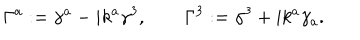
\Gamma ^ { a } : = \gamma ^ { a } - i k ^ { a } \gamma ^ { 3 } , \qquad \Gamma ^ { 3 } : = \gamma ^ { 3 } + i k ^ { a } \gamma _ { a } .